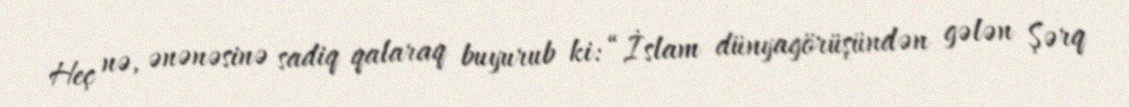
Heç nə, ənənəsinə sadiq qalaraq buyurub ki: “İslam dünyagörüşündən gələn Şərq